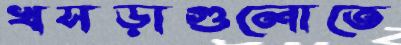
খসড়াগুলোতে